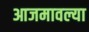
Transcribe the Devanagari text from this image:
आजमावल्या